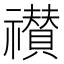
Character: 𮂠